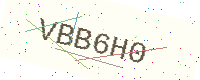
Text: VBB6H0